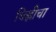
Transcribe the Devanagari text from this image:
चिह्लीचा